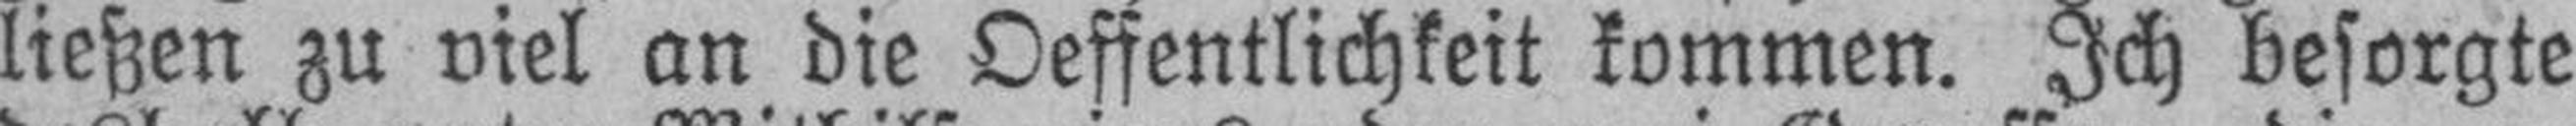
ließen zu viel an die Oeffentlichkeit kommen. Ich besorgte